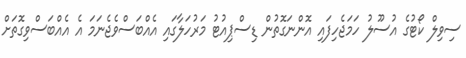
ސިވިލް ކޯޓުގެ އުސޫލު ހަމަޖެހިފައި އޮންނަގޮތުން ޑިސްޕިއުޓު މަރުހަލާގައި އެއްބަސްވެޖެނަމަ އެ އެއްބަސްވިގޮތަށް